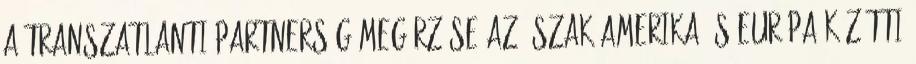
a transzatlanti partnerség megőrzése Az Észak-Amerika és Európa közötti